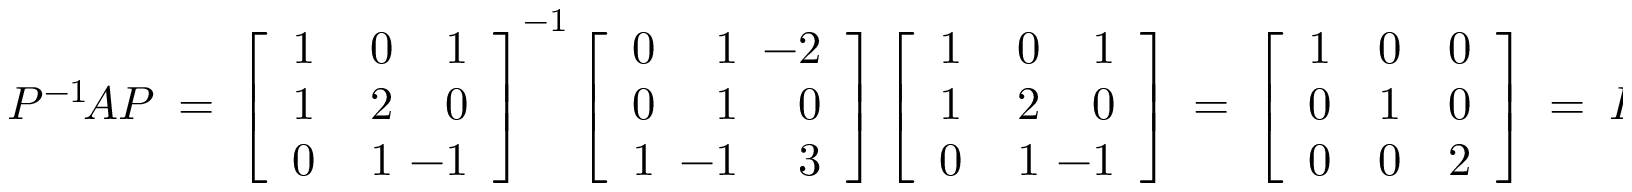
P ^ { - 1 } \! A P \ = \ \left[ { \begin{array} { r r r } { 1 } & { \, 0 } & { 1 } \\ { 1 } & { 2 } & { 0 } \\ { 0 } & { 1 } & { \! \! \! \! - 1 } \end{array} } \right] ^ { - 1 } \left[ { \begin{array} { r r r } { 0 } & { 1 } & { \! \! \! - 2 } \\ { 0 } & { 1 } & { 0 } \\ { 1 } & { \! \! \! - 1 } & { 3 } \end{array} } \right] \left[ { \begin{array} { r r r } { 1 } & { \, 0 } & { 1 } \\ { 1 } & { 2 } & { 0 } \\ { 0 } & { 1 } & { \! \! \! \! - 1 } \end{array} } \right] \ = \ { \left[ \begin{array} { l l l } { 1 } & { 0 } & { 0 } \\ { 0 } & { 1 } & { 0 } \\ { 0 } & { 0 } & { 2 } \end{array} \right] } \ = \ D .